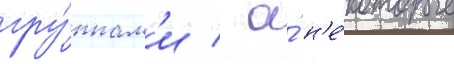
гру́ппам'и / а́ н'е́которые